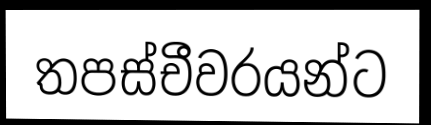
තපස්චීවරයන්ට